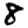
Digit: 8